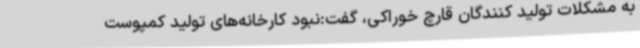
به مشکلات تولید کنندگان قارچ خوراکی، گفت:نبود کارخانه‌های تولید کمپوست